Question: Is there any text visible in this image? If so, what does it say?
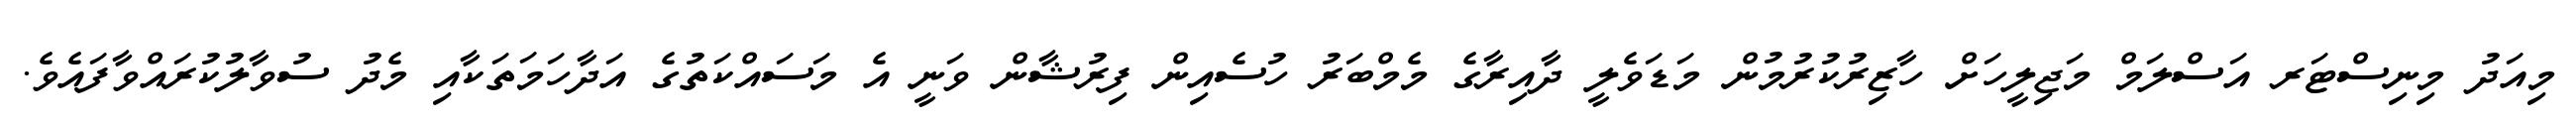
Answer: މިއަދު މިނިސްޓަރ އަސްލަމް މަޖިލީހަށް ހާޒިރުކުރުމުން މަޑަވެލީ ދާއިރާގެ މެމްބަރު ހުސެއިން ފިރުޝާން ވަނީ އެ މަސައްކަތުގެ އަދާހަމަތަކާއި މެދު ސުވާލުކުރައްވާފައެވެ.